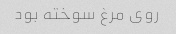
روی مرغ سوخته بود